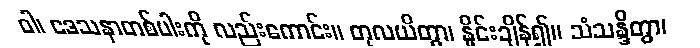
ဝါ၊ ဒေသနာတစ်ပါးကို လည်းကောင်း။ တုလယိတွာ၊ နှိုင်းချိန်၍။ သံသန္ဒိတွာ၊